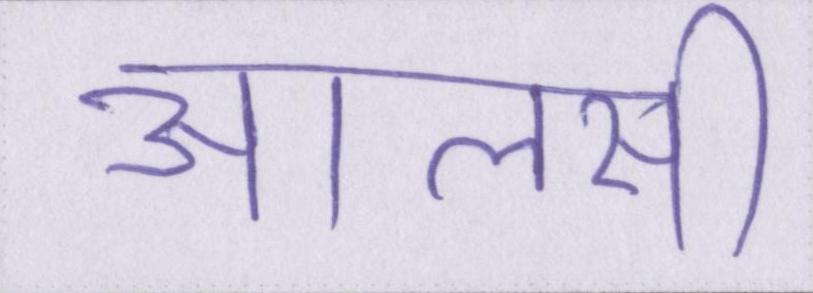
आलसी